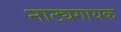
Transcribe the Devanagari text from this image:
नाट्यगायक